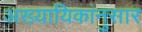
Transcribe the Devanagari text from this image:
अख्यायिकांनुसार